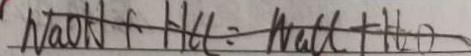
N a O H + H C l = N a C l + H _ { 2 } O